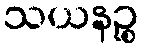
သယနဉ္စ